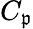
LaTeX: C_{\mathfrak{p}}